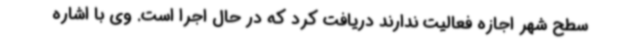
سطح شهر اجازه فعالیت ندارند دریافت کرد که در حال اجرا است. وی با اشاره